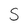
Character: S